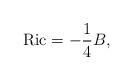
LaTeX: \begin{align*}\mathrm{Ric} = -\frac{1}{4}B,\end{align*}